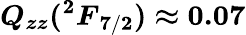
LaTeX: {\boldsymbol{Q_{zz}({^2F}_{7/2})\approx 0.07}}